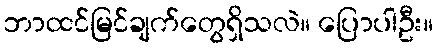
ဘာထင်မြင်ချက်တွေရှိသလဲ။ ပြောပါဦး။